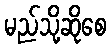
မည်သို့ဆိုစေ